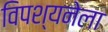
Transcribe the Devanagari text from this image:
विपश्यनेला